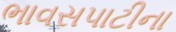
ભાવસપાટીના